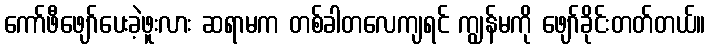
ကော်ဖီဖျော်ပေးခဲ့ဖူးလား ဆရာမက တစ်ခါတလေကျရင် ကျွန်မကို ဖျော်ခိုင်းတတ်တယ်။